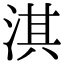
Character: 淇